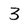
Character: 3